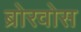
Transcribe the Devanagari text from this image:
ब्रोरवोस